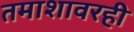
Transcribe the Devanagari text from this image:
तमाशावरही